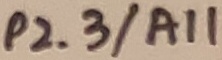
Text: P2.3/A11